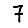
Digit: 7